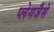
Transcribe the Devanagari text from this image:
प्लेगजैसे